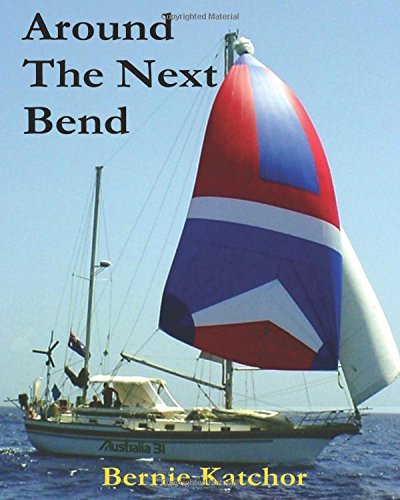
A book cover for Around The Next Bend: The Rivers And Indians Of Guyana And Venezuela; Bernie Katchor; Travel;